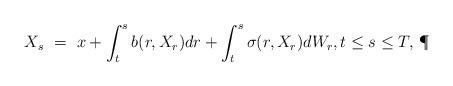
LaTeX: \begin{align*}X_s \ = \ x + \int_t^s b(r,X_r) dr + \int_t^s \sigma(r,X_r) dW_r, t \leq s \leq T,\,\P\end{align*}